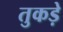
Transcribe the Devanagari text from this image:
तुकड़े